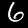
Label: 6